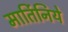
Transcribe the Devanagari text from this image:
मार्तिनिये